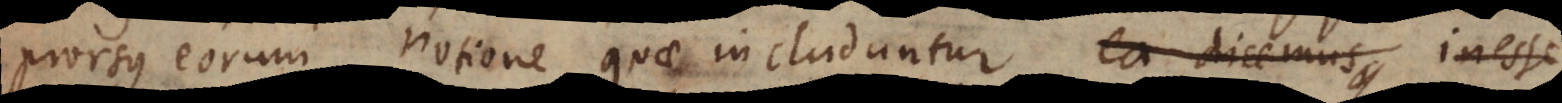
prorsus eorum notione quae includuntur; ea dicemus iness